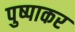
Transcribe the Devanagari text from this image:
पुष्पाकर